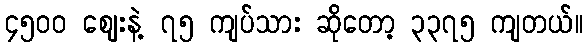
၄၅၀၀ ဈေးနဲ့ ၇၅ ကျပ်သား ဆိုတော့ ၃၃၇၅ ကျတယ်။